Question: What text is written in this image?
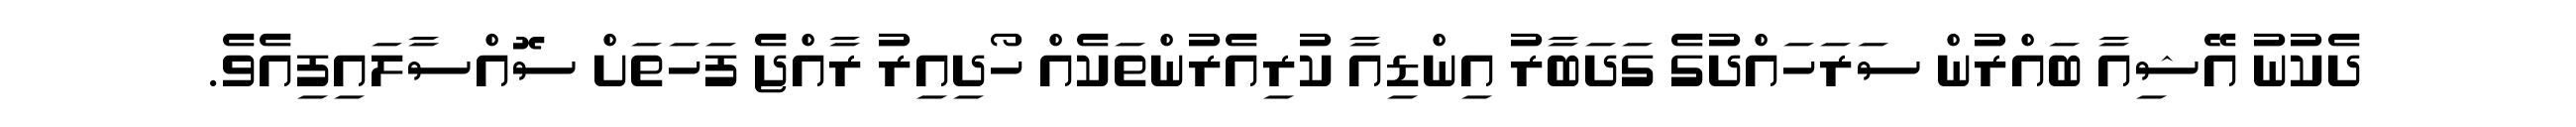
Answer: ދެކުނު އޭޝިއާ ބައްރުން ސަރަހައްދުގެ ގަދަބާރު އިންޑިއާ ކުރިއެރުންތަކެއް ހޯދިއިރު ރާއްޖެ ފަހަތަށް ސޮއްސާލައިފިއެވެ.